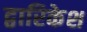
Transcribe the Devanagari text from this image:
द्वारिकेश